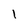
Character: 1